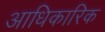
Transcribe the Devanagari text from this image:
अाधिकारिक